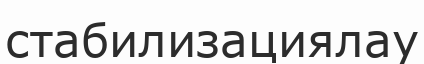
стабилизациялау